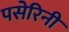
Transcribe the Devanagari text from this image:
पसेरिनी